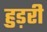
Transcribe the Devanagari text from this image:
हुड़री